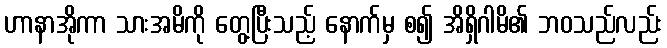
ဟာနာအိုကာ သားအမိကို တွေ့ပြီးသည့် နောက်မှ စ၍ အိရှိဂါမိ၏ ဘဝသည်လည်း